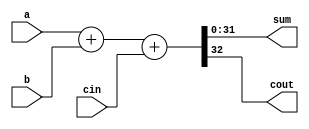
/*
 * @Author: Eric Wong
 * @Date: 2022-01-15 12:30
 * @Last Modified by:   Eric Wong
 * @Last Modified time: 2022-01-15 12:30
 */

module adder # (
        parameter Width = 32
    )
    (
        input   [Width-1:0] a   ,
        input   [Width-1:0] b   ,
        input               cin ,
        output  [Width-1:0] sum ,
        output              cout
    );
    assign {cout,sum} = a + b + cin;
endmodule